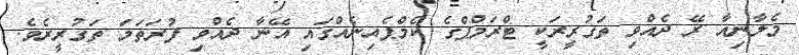
މެލާނިއާ ރޭ ދެއްވި ތަގުރީރަކީ ޓްރަމްޕްގެ ކެމްޕެއިނެއްގައި އޭނާ ދެއްވި ފުރަތަމަ ތަގުރީރެވެ.